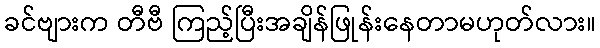
ခင်ဗျားက တီဗီ ကြည့်ပြီးအချိန်ဖြုန်းနေတာမဟုတ်လား။